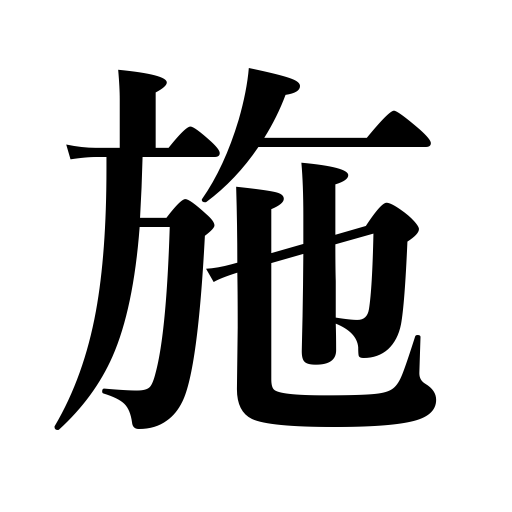
Meanings: conduct educational work,give alms,perform an operation,apply bandages,administer first aid,carry out